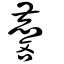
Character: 麐